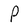
Character: p